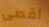
أقصى